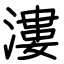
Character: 漊